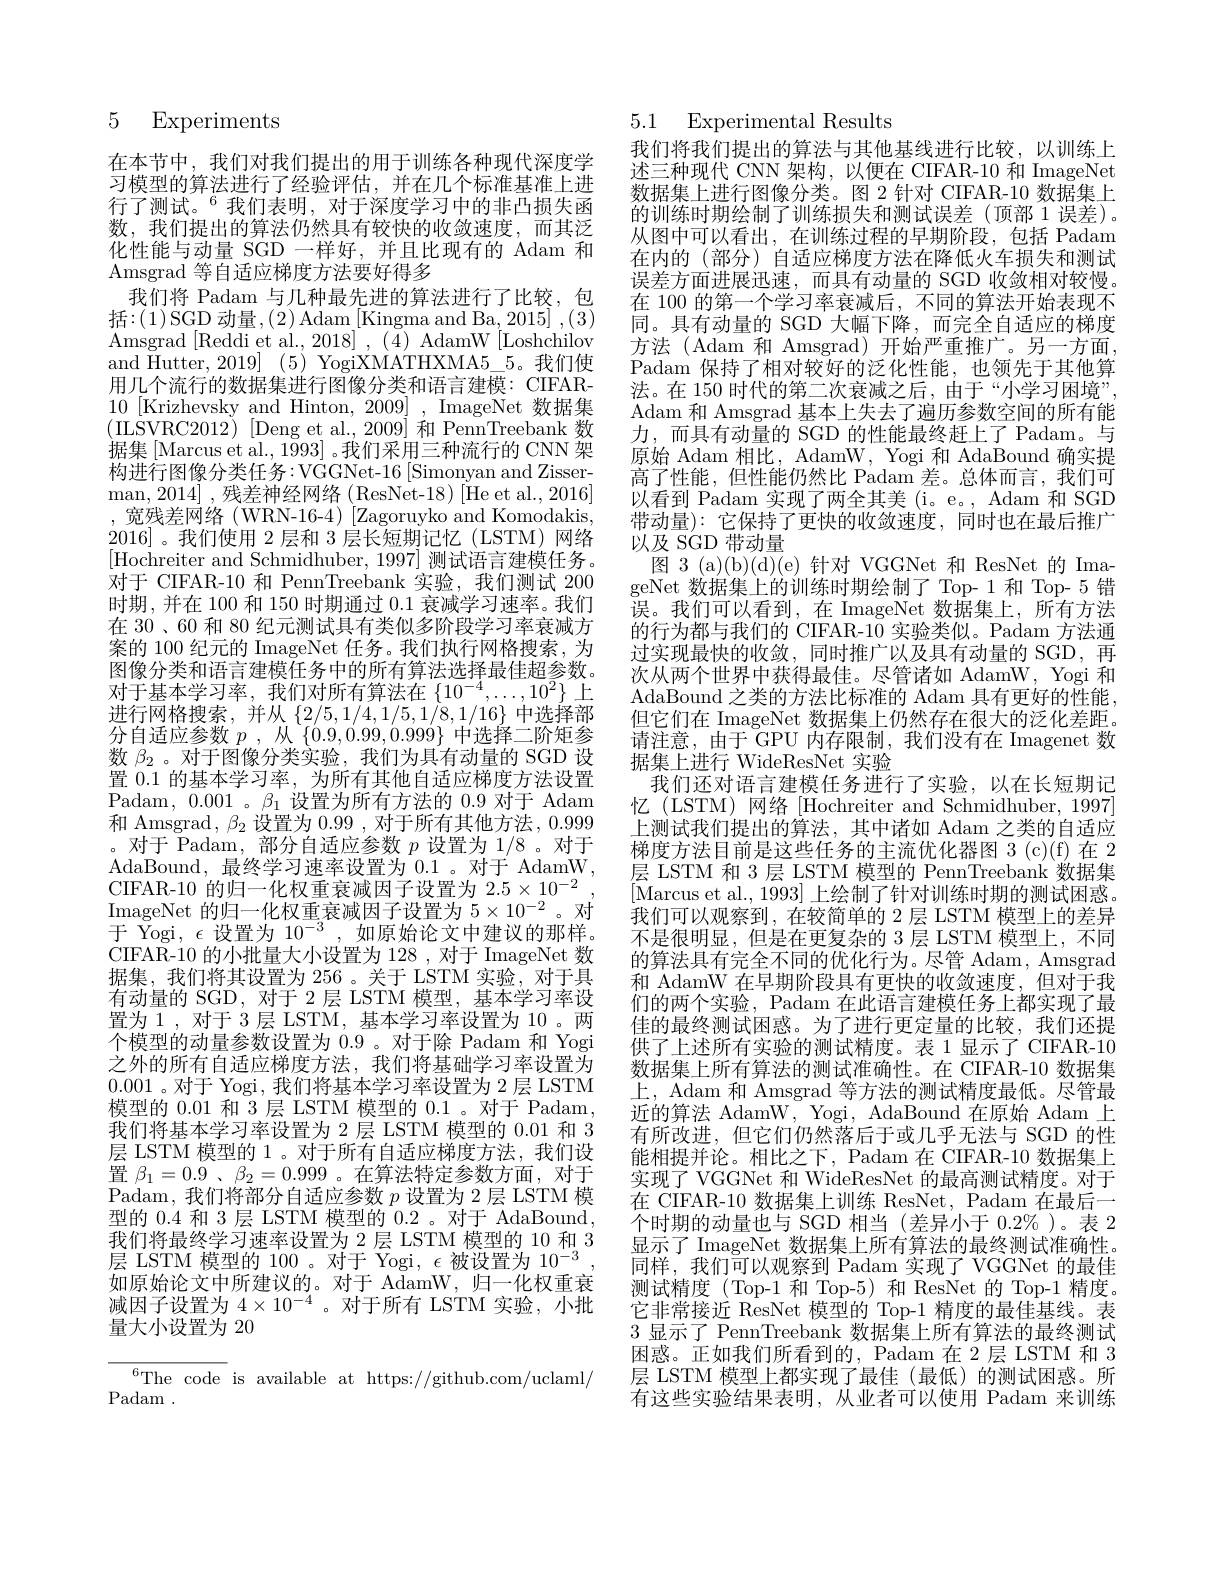
## 5 Experiments

在本节中，我们对我们提出的用于训练各种现代深度学习模型的算法进行了经验评估，并在几个标准基准上进行了测试。$^{6}$我们表明，对于深度学习中的非凸损失函数，我们提出的算法仍然具有较快的收敛速度，而其泛化性能与动量 SGD 一样好，并且比现有的 Adam 和Amsgrad 等自适应梯度方法要好得多
我们将 Padam 与几种最先进的算法进行了比较，包括：(1)SGD 动量，(2)Adam$\left[\text{Kingma and Ba},2015\right],(3)$ and Hutter, 2019] (5) YogiXMATHXMA5\_5。我们使用几个流行的数据集进行图像分类和语言建模：CIFAR- 10 [Krizhevsky and Hinton, 2009] , ImageNet 数据集据集[Marcus et al., 1993] 。我们采用三种流行的 CNN 架构进行图像分类任务：VGGNet-16[Simonyan and Zisserman, 2014] , 残差神经网络(ResNet-18)[He et al., 2016] ,宽残差网络(WRN-16-4)[Zagoruyko and Komodakis, 2016]。我们使用 2 层和 3 层长短期记忆(LSTM)网络[Hochreiter and Schmidhuber, 1997] 测试语言建模任务。对于 CIFAR-10 和 PennTreebank 实验，我们测试 200时期，并在 100 和 150 时期通过0.1衰减学习速率。我们在 30 、60 和 80 纪元测试具有类似多阶段学习率衰减方案的 100 纪元的 ImageNet 任务。我们执行网格搜索，为图像分类和语言建模任务中的所有算法选择最佳超参数。对于基本学习率，我们对所有算法在$\left\{10^{-4},\ldots,10^{2}\right\}$上进行网格搜索，并从$\{2/5,1/4,1/5,1/8,1/16\}$中选择部分自适应参数$p$ , 从 $\left \{ 0. 9, 0. 99, 0. 999\right \}$中选择二阶矩参数$\beta_2$ 。对于图像分类实验，我们为具有动量的 SGD 设置 0.1 的基本学习率，为所有其他自适应梯度方法设置Padam, 0.001 。$\beta_{1}$设置为所有方法的 0.9 对于 Adam 和 Amsgrad, $\beta_{2}$设置为 0.99 , 对于所有其他方法，0.999 。对于 Padam, 部分自适应参数$p$设置为 1/8 。对于AdaBound,最终学习速率设置为0.1。对于 AdamW, CIFAR-10 的归一化权重衰减因子设置为$2.5\times10^{-2}$ ImageNet 的归一化权重衰减因子设置为$5\times10^{-2}$。对于 $\bar{\mathrm{Yogi,~\epsilon}}$设置为$10^{-3}$,如原始论文中建议的那样。CIFAR-10 的小批量大小设置为 128 , 对于 ImageNet 数据集，我们将其设置为 256 。关于 LSTM 实验，对于具有动量的 SGD, 对于 2 层 LSTM 模型，基本学习率设置为 1 , 对于 3 层 LSTM, 基本学习率设置为 10 。两个模型的动量参数设置为0.9 。对于除 Padam 和 Yogi 之外的所有自适应梯度方法，我们将基础学习率设置为0.001。对于 Yogi, 我们将基本学习率设置为 2 层 LSTM 模型的0.01和 3层 LSTM 模型的0.1 。对于 Padam, 我们将基本学习率设置为 2 层 LSTM 模型的 0.01 和 3层 LSTM 模型的 1 。对于所有自适应梯度方法，我们设置$\beta_{1}=0.9$ 、$\beta_{2}=0.999$ 。在算法特定参数方面，对于Padam,我们将部分自适应参数$p$设置为 2层 LSTM 模型的 0.4 和 3 层 LSTM 模型的 0.2 。对于 AdaBound, 我们将最终学习速率设置为 2 层 LSTM 模型的 10 和 3层 LSTM 模型的 100 。对于 Yogi, $\epsilon$被设置为 10$^-3$ 如原始论文中所建议的。对于 AdamW,归一化权重衰减因子设置为$4\times10^{-4}$ 。对于所有 LSTM 实验，小批量大小设置为 20

$^{6}$The code is available at https://github.com/uclaml/
Padam .

5.1 Experimental Results

我们将我们提出的算法与其他基线进行比较，以训练上述三种现代 CNN 架构，以便在 CIFAR-10 和 ImageNet 数据集上进行图像分类。图 2 针对 CIFAR-10 数据集上的训练时期绘制了训练损失和测试误差(顶部 1 误差)。从图中可以看出，在训练过程的早期阶段，包括 Padam 在内的(部分)自适应梯度方法在降低火车损失和测试误差方面进展迅速，而具有动量的 SGD 收敛相对较慢。在 100 的第一个学习率衰减后，不同的算法开始表现不同。具有动量的 SGD 大幅下降，而完全自适应的梯度方法(Adam 和 Amsgrad)开始严重推广。另一方面， Padam 保持了相对较好的泛化性能，也领先于其他算法。在 150 时代的第二次衰减之后，由于“小学习困境” Adam 和 Amsgrad 基本上失去了遍历参数空间的所有能力，而具有动量的 SGD 的性能最终赶上了 Padam。与原始 Adam 相比，AdamW, Yogi 和 AdaBound 确实提高了性能，但性能仍然比 Padam 差。总体而言，我们可以看到 Padam 实现了两全其美 (i。e。, Adam 和 SGD 带动量):它保持了更快的收敛速度，同时也在最后推广以及 SGD 带动量
图 3 (a)(b)(d)(e) 针对 VGGNet 和 ResNet 的 ImageNet 数据集上的训练时期绘制了 Top- 1 和 Top- 5 错误。我们可以看到，在 ImageNet 数据集上，所有方法的行为都与我们的 CIFAR-10 实验类似。Padam 方法通过实现最快的收敛，同时推广以及具有动量的 SGD,再次从两个世界中获得最佳。尽管诸如 AdamW, Yogi 和AdaBound 之类的方法比标准的 Adam 具有更好的性能但它们在 ImageNet 数据集上仍然存在很大的泛化差距。请注意，由于 GPU 内存限制，我们没有在 Imagenet 数据集上进行 WideResNet 实验
我们还对语言建模任务进行了实验，以在长短期记忆(LSTM)网络[Hochreiter and Schmidhuber, 1997] 上测试我们提出的算法，其中诸如 Adam 之类的自适应梯度方法目前是这些任务的主流优化器图 3 (c)(f) 在 2层 LSTM 和 3 层 LSTM 模型的 PennTreebank 数据集[Marcus et al., 1993] 上绘制了针对训练时期的测试困惑。我们可以观察到，在较简单的 2 层 LSTM 模型上的差异不是很明显，但是在更复杂的 3 层 LSTM 模型上，不同的算法具有完全不同的优化行为。尽管 Adam, Amsgrad 和 AdamW 在早期阶段具有更快的收敛速度，但对于我们的两个实验，Padam 在此语言建模任务上都实现了最佳的最终测试困惑。为了进行更定量的比较，我们还提供了上述所有实验的测试精度。表 1 显示了 CIFAR-10数据集上所有算法的测试准确性。在 CIFAR-10 数据集上，Adam 和 Amsgrad 等方法的测试精度最低。尽管最近的算法 AdamW, Yogi, AdaBound 在原始 Adam 上有所改进，但它们仍然落后于或几乎无法与 SGD 的性能相提并论。相比之下，Padam 在 CIFAR-10 数据集上实现了 VGGNet 和 WideResNet 的最高测试精度。对于在 CIFAR-10 数据集上训练 ResNet, Padam 在最后一个时期的动量也与 SGD 相当 (差异小于 0.2% )。表 2显示了 ImageNet 数据集上所有算法的最终测试准确性。同样，我们可以观察到 Padam 实现了 VGGNet 的最佳测试精度 (Top-1 和 Top-5) 和 ResNet 的 Top-1 精度。它非常接近 ResNet 模型的 Top-1 精度的最佳基线。表3显示了 PennTreebank 数据集上所有算法的最终测试困惑。正如我们所看到的，Padam 在 2层 LSTM 和 3层 LSTM 模型上都实现了最佳 (最低)的测试困惑。所有这些实验结果表明，从业者可以使用 Padam 来训练